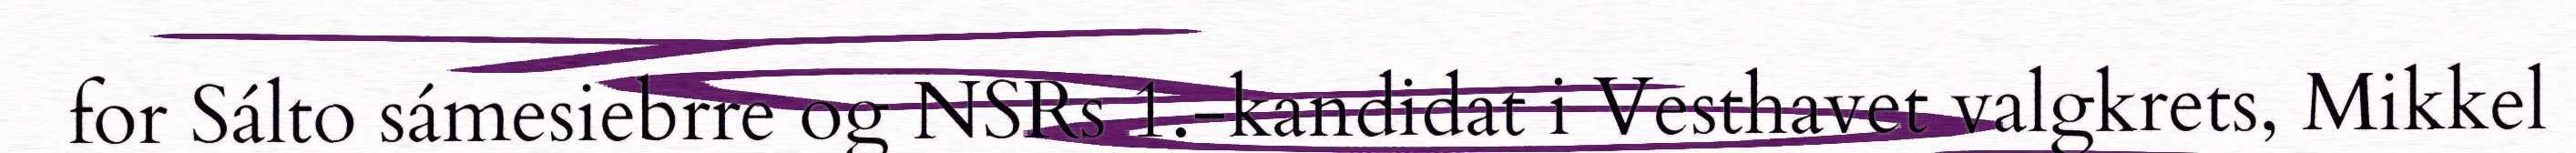
for Sálto sámesiebrre og NSRs 1.-kandidat i Vesthavet valgkrets, Mikkel